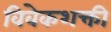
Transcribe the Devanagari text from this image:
विवेकशक्ती